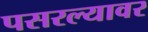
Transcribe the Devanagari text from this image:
पसरल्यावर